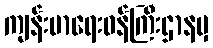
ကျန်းမာရေးဝန်ကြီးဌာနမှ